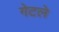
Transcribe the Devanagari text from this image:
गेटले